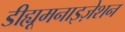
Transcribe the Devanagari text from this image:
डीह्यूमनाइज़ेशन